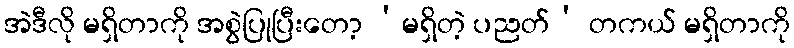
အဲဒီလို မရှိတာကို အစွဲပြုပြီးတော့ ‘မရှိတဲ့ ပညတ်’ တကယ် မရှိတာကို